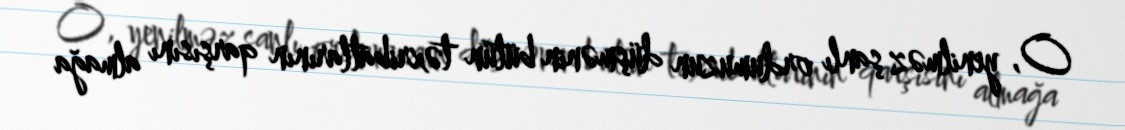
O, yenilməz şanlı ordumuzun düşmənin bütün təxribatlarının qarşısını almağa